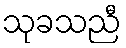
သုခသညီ